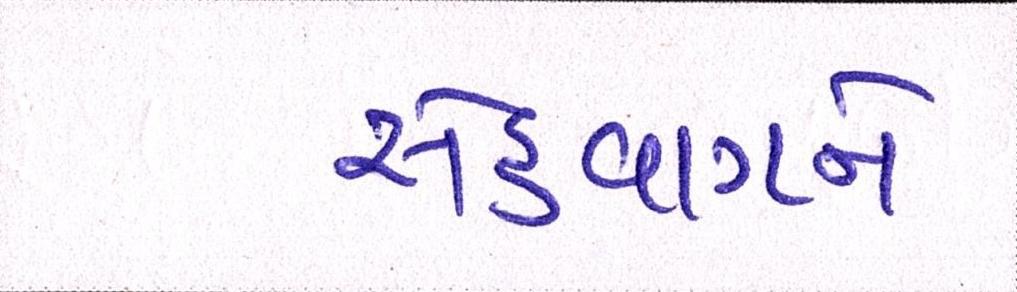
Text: સેહવાગને